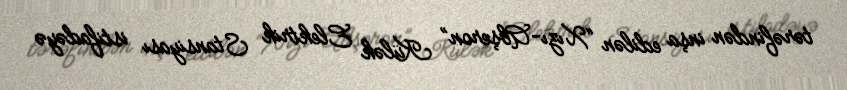
tərəfindən inşa edilən “Xızı-Abşeron” Külək Elektrik Stansiyası istifadəyə